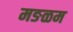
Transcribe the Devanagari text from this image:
मङळम